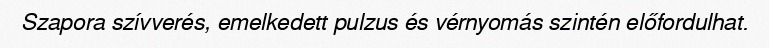
Szapora szívverés, emelkedett pulzus és vérnyomás szintén előfordulhat.